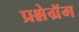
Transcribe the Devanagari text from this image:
प्रश्नेग्रॅम